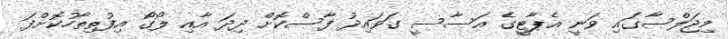
މިޖަލްސާގައި ވަނީ އެޕާޓީގެ އަސާސީ ގަވައިދު ފާސްކޮށް ދިދަ އާއި ލޯގޯ އިފުތިތާހުކޮށްފަ